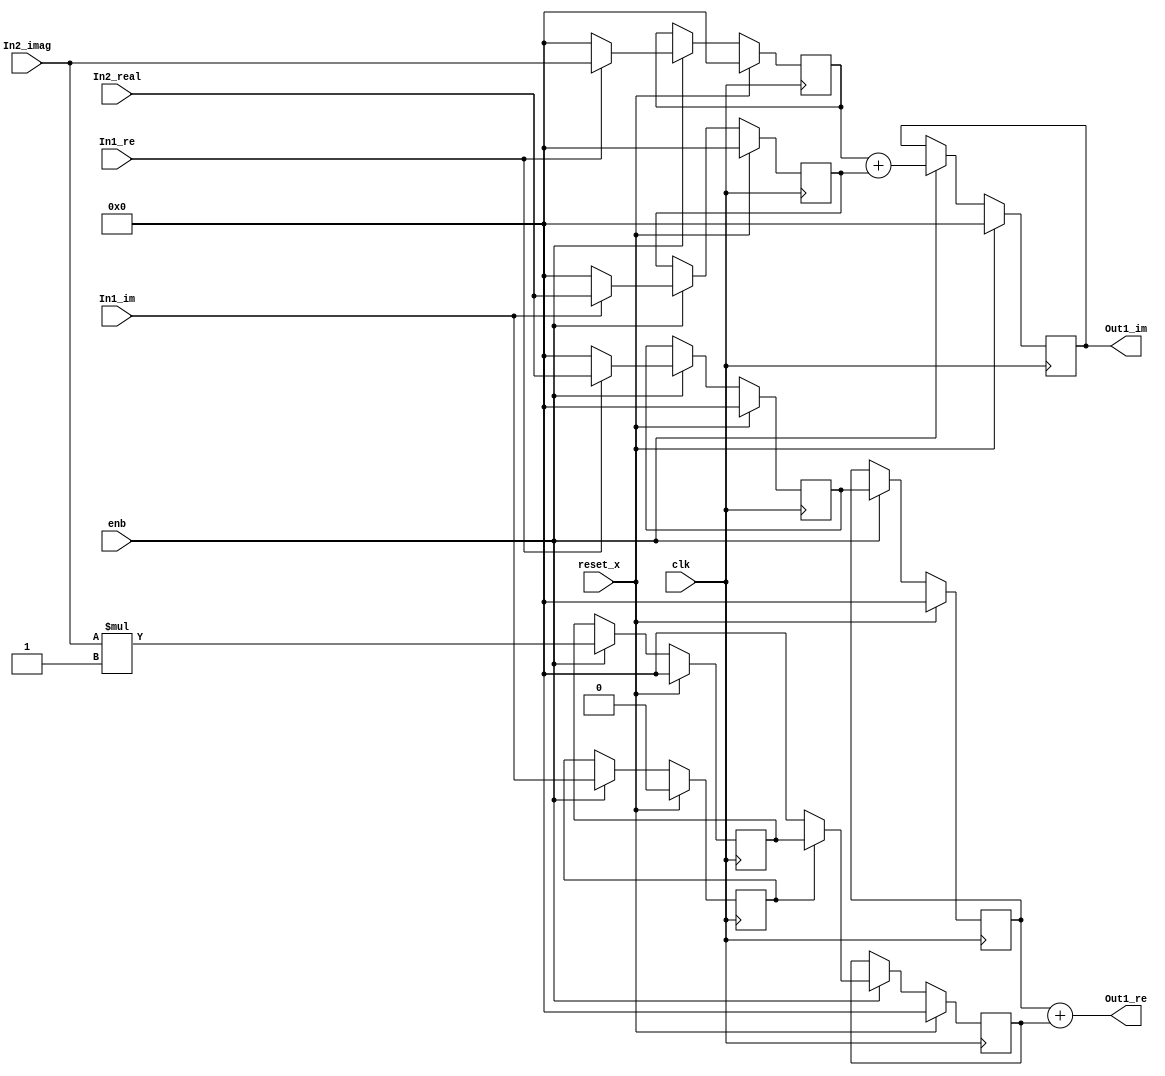
// -------------------------------------------------------------
// 
// 
// Generated by MATLAB 9.8 and HDL Coder 3.16
// 
// -------------------------------------------------------------


// -------------------------------------------------------------
// 
// Module: Complex_multiplication1_block17
// Source Path: newhope_cambios/FDHT/DFT_2/DFT10 - block_2/DFT5-row 2/DFT5-3/Complex-multiplication1
// Hierarchy Level: 5
// 
// -------------------------------------------------------------

`timescale 1 ns / 1 ns

module Complex_multiplication1_block17
          (clk,
           reset_x,
           enb,
           In1_re,
           In1_im,
           In2_real,
           In2_imag,
           Out1_re,
           Out1_im);


  input   clk;
  input   reset_x;
  input   enb;
  input   In1_re;  // ufix1
  input   In1_im;  // ufix1
  input   signed [36:0] In2_real;  // sfix37_En22
  input   signed [36:0] In2_imag;  // sfix37_En22
  output  signed [36:0] Out1_re;  // sfix37_En22
  output  signed [36:0] Out1_im;  // sfix37_En22


  wire signed [36:0] Product_in0;  // sfix37_En22
  wire signed [37:0] Product_cast;  // sfix38_En22
  wire signed [36:0] Product_out1;  // sfix37_En22
  reg signed [36:0] delayMatch1_reg [0:1];  // sfix37 [2]
  wire signed [36:0] delayMatch1_reg_next [0:1];  // sfix37_En22 [2]
  wire signed [36:0] Product_out1_1;  // sfix37_En22
  reg  Complex_to_Real_Imag1_out2;  // ufix1
  wire signed [1:0] Constant_out1;  // sfix2
  wire signed [38:0] Product4_mul_temp;  // sfix39_En22
  wire signed [36:0] Product4_out1;  // sfix37_En22
  reg signed [36:0] Product4_out1_1;  // sfix37_En22
  wire signed [36:0] Product1_in0;  // sfix37_En22
  wire signed [37:0] Product1_cast;  // sfix38_En22
  wire signed [36:0] Product1_out1;  // sfix37_En22
  reg signed [36:0] Product1_out1_1;  // sfix37_En22
  wire signed [36:0] Sum_out1;  // sfix37_En22
  wire signed [36:0] Product2_in0;  // sfix37_En22
  wire signed [37:0] Product2_cast;  // sfix38_En22
  wire signed [36:0] Product2_out1;  // sfix37_En22
  reg signed [36:0] Product2_out1_1;  // sfix37_En22
  wire signed [36:0] Product3_in0;  // sfix37_En22
  wire signed [37:0] Product3_cast;  // sfix38_En22
  wire signed [36:0] Product3_out1;  // sfix37_En22
  reg signed [36:0] Product3_out1_1;  // sfix37_En22
  wire signed [36:0] Sum1_out1;  // sfix37_En22
  reg signed [36:0] Sum1_out1_1;  // sfix37_En22


  assign Product_in0 = (In1_re == 1'b1 ? In2_real :
              37'sh0000000000);
  assign Product_cast = {Product_in0[36], Product_in0};
  assign Product_out1 = Product_cast[36:0];



  always @(posedge clk)
    begin : delayMatch1_process
      if (reset_x == 1'b1) begin
        delayMatch1_reg[0] <= 37'sh0000000000;
        delayMatch1_reg[1] <= 37'sh0000000000;
      end
      else begin
        if (enb) begin
          delayMatch1_reg[0] <= delayMatch1_reg_next[0];
          delayMatch1_reg[1] <= delayMatch1_reg_next[1];
        end
      end
    end

  assign Product_out1_1 = delayMatch1_reg[1];
  assign delayMatch1_reg_next[0] = Product_out1;
  assign delayMatch1_reg_next[1] = delayMatch1_reg[0];



  always @(posedge clk)
    begin : delayMatch_process
      if (reset_x == 1'b1) begin
        Complex_to_Real_Imag1_out2 <= 1'b0;
      end
      else begin
        if (enb) begin
          Complex_to_Real_Imag1_out2 <= In1_im;
        end
      end
    end



  assign Constant_out1 = 2'sb11;



  assign Product4_mul_temp = In2_imag * Constant_out1;
  assign Product4_out1 = Product4_mul_temp[36:0];



  always @(posedge clk)
    begin : PipelineRegister4_process
      if (reset_x == 1'b1) begin
        Product4_out1_1 <= 37'sh0000000000;
      end
      else begin
        if (enb) begin
          Product4_out1_1 <= Product4_out1;
        end
      end
    end



  assign Product1_in0 = (Complex_to_Real_Imag1_out2 == 1'b1 ? Product4_out1_1 :
              37'sh0000000000);
  assign Product1_cast = {Product1_in0[36], Product1_in0};
  assign Product1_out1 = Product1_cast[36:0];



  always @(posedge clk)
    begin : PipelineRegister1_process
      if (reset_x == 1'b1) begin
        Product1_out1_1 <= 37'sh0000000000;
      end
      else begin
        if (enb) begin
          Product1_out1_1 <= Product1_out1;
        end
      end
    end



  assign Sum_out1 = Product_out1_1 + Product1_out1_1;



  assign Out1_re = Sum_out1;

  assign Product2_in0 = (In1_re == 1'b1 ? In2_imag :
              37'sh0000000000);
  assign Product2_cast = {Product2_in0[36], Product2_in0};
  assign Product2_out1 = Product2_cast[36:0];



  always @(posedge clk)
    begin : PipelineRegister2_process
      if (reset_x == 1'b1) begin
        Product2_out1_1 <= 37'sh0000000000;
      end
      else begin
        if (enb) begin
          Product2_out1_1 <= Product2_out1;
        end
      end
    end



  assign Product3_in0 = (In1_im == 1'b1 ? In2_real :
              37'sh0000000000);
  assign Product3_cast = {Product3_in0[36], Product3_in0};
  assign Product3_out1 = Product3_cast[36:0];



  always @(posedge clk)
    begin : PipelineRegister3_process
      if (reset_x == 1'b1) begin
        Product3_out1_1 <= 37'sh0000000000;
      end
      else begin
        if (enb) begin
          Product3_out1_1 <= Product3_out1;
        end
      end
    end



  assign Sum1_out1 = Product2_out1_1 + Product3_out1_1;



  always @(posedge clk)
    begin : delayMatch2_process
      if (reset_x == 1'b1) begin
        Sum1_out1_1 <= 37'sh0000000000;
      end
      else begin
        if (enb) begin
          Sum1_out1_1 <= Sum1_out1;
        end
      end
    end



  assign Out1_im = Sum1_out1_1;

endmodule  // Complex_multiplication1_block17